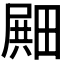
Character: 𪽛